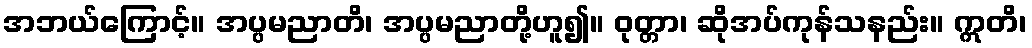
အဘယ်ကြောင့်။ အပ္ပမညာတိ၊ အပ္ပမညာတို့ဟူ၍။ ဝုတ္တာ၊ ဆိုအပ်ကုန်သနည်း။ ဣတိ၊